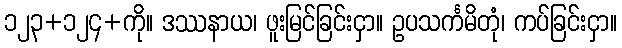
၁၂၃+၁၂၄+ကို။ ဒဿနာယ၊ ဖူးမြင်ခြင်းငှာ။ ဥပသင်္ကမိတုံ၊ ကပ်ခြင်းငှာ။